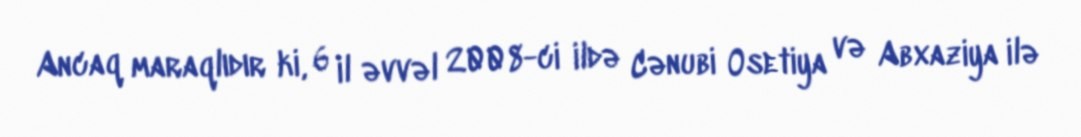
Ancaq maraqlıdır ki, 6 il əvvəl 2008-ci ildə Cənubi Osetiya və Abxaziya ilə